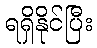
ရရှိနိုင်ပြီး